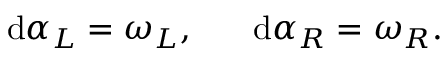
\mathrm { d } \alpha _ { L } = \omega _ { L } , \; \; \; \; \; \; \mathrm { d } \alpha _ { R } = \omega _ { R } .